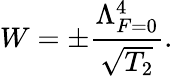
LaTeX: W=\pm\frac{\Lambda_{F=0}^{4}}{\sqrt{T_{2}}}.